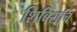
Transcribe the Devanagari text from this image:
शिबिराचि